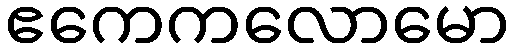
ဧကေကလောမော